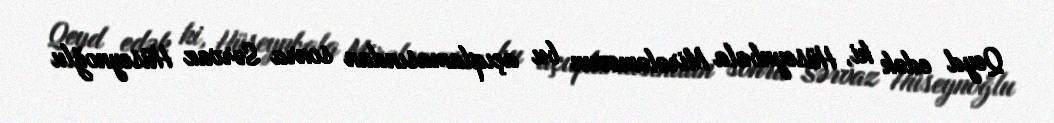
Qeyd edək ki, Hüseynbala Mirələmovun bu açıqlamasından sonra Sərvaz Hüseynoğlu